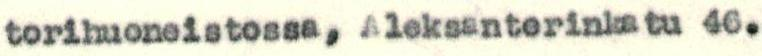
torihuoneistossa, Aleksanterinkatu 46.